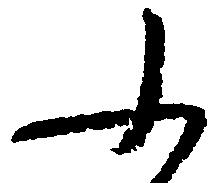
ふ